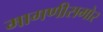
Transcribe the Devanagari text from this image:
मागणीसमोर